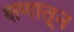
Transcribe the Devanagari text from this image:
क्षणातून